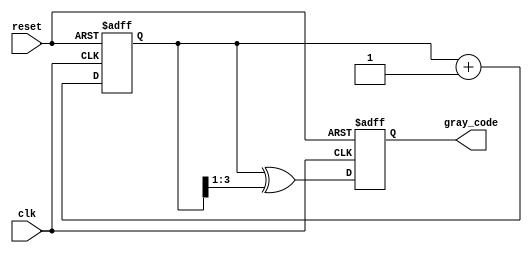
module gray_code_counter (
    input wire clk,            // Clock signal
    input wire reset,          // Asynchronous reset signal
    output reg [N-1:0] gray_code // Output Gray code
);
    parameter N = 4; // Number of bits for the counter

    reg [N-1:0] binary_count; // Internal binary counter

    // Binary to Gray code conversion function
    function [N-1:0] binary_to_gray;
        input [N-1:0] binary;
        begin
            binary_to_gray = binary ^ (binary >> 1);
        end
    endfunction

    // Always block for the binary counter and Gray code output
    always @(posedge clk or posedge reset) begin
        if (reset) begin
            binary_count <= 0; // Reset binary counter to zero
            gray_code <= 0;    // Reset Gray code output to zero
        end else begin
            binary_count <= binary_count + 1; // Increment binary counter
            gray_code <= binary_to_gray(binary_count); // Convert to Gray code
        end
    end

endmodule